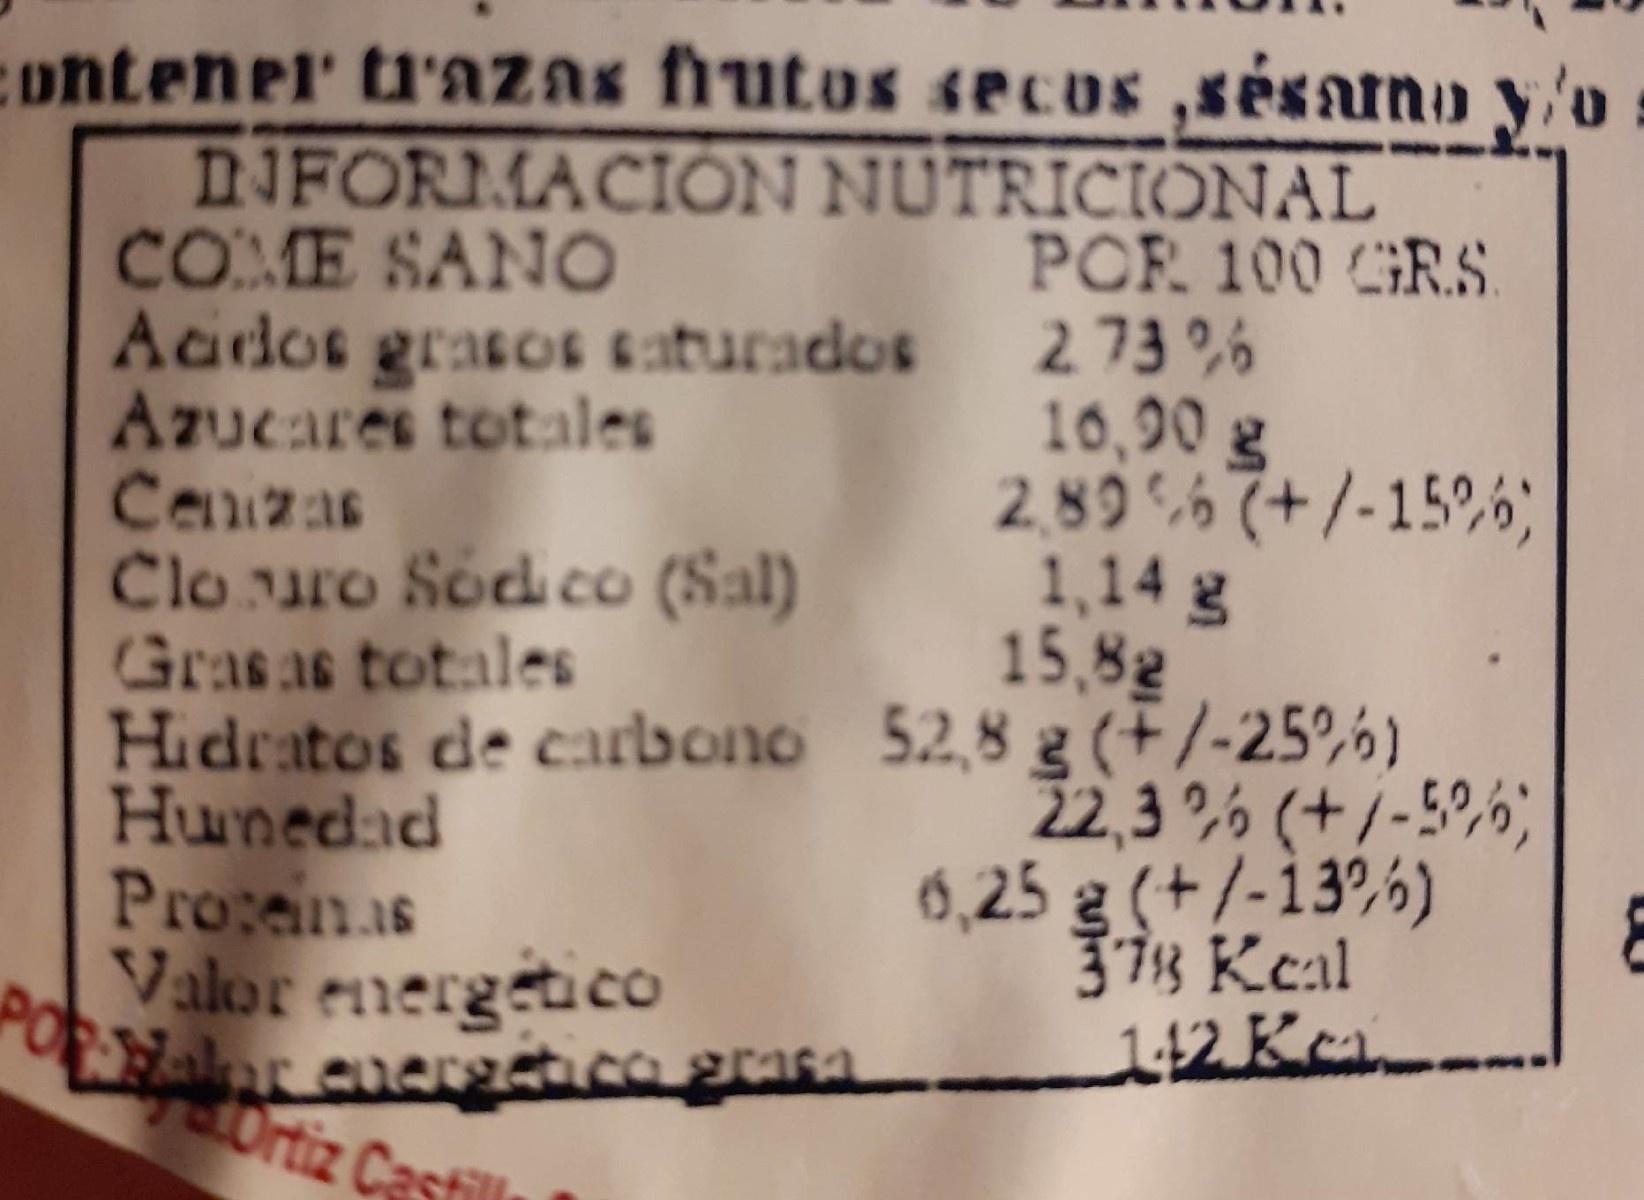
Contenel ti'azas fħutos secus ,sésano y'o DNFORMACIÓN NUTRICIONAL COME SANO Acdos grasos 6aturados 2 73 ,6 Azucares totales Cenzas Clo uro Sod co (Sal) Grasas totales Hidratos de carbono 52,8 g (+/-25,6) Hunedad Proeinas Valor energetico aar cncrestco grafa 1Ortiz Castil
POR 100 GRS.
10,90 g 2,8967+/-15%,6; 1,14 g 15,82
2,3 26 (+/-5º,6; 6,25 g (+ /-13%6) 37% Keal 112 Ka_.